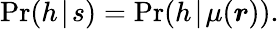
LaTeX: \operatorname*{Pr}(h\! \mid\! s)=\operatorname*{Pr}(h\! \mid\! \mu(\boldsymbol{r})).